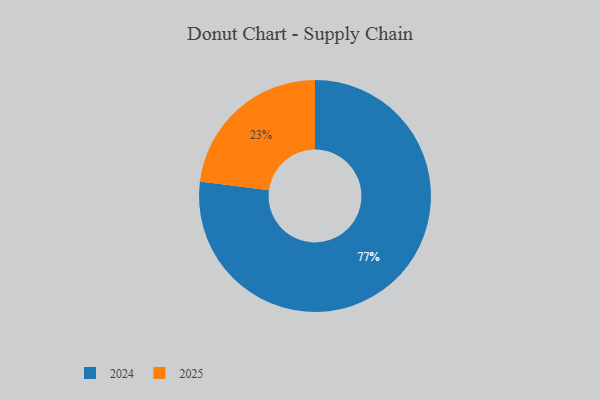
{"axis": {"x": "Category", "y": "Percentage"}, "legend": ["2024", "2025"], "data": [{"x": "2024", "y": 77, "type": "2024"}, {"x": "2025", "y": 23, "type": "2025"}]}